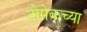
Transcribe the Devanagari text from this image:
टोमेकच्या